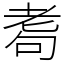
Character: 耈